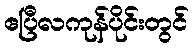
ဧပြီလကုန်ပိုင်းတွင်